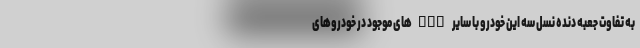
به تفاوت جعبه دنده نسل سه این خودرو با سایر CVTهای موجود در خودروهای